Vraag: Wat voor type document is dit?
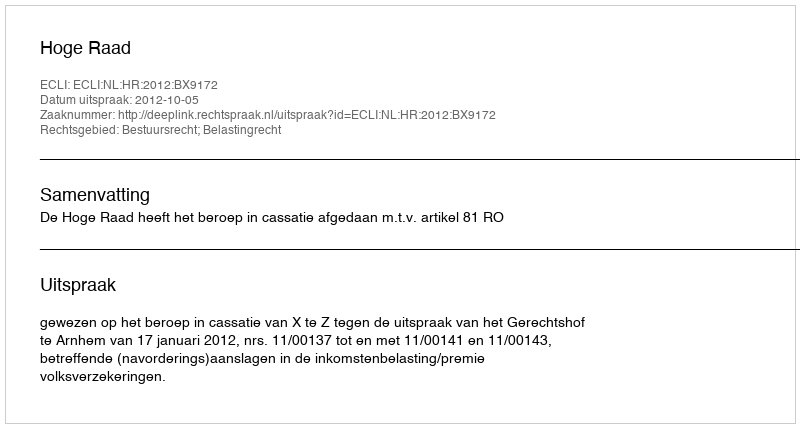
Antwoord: Uitspraak